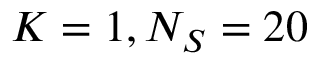
K = 1 , N _ { S } = 2 0